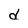
Character: d